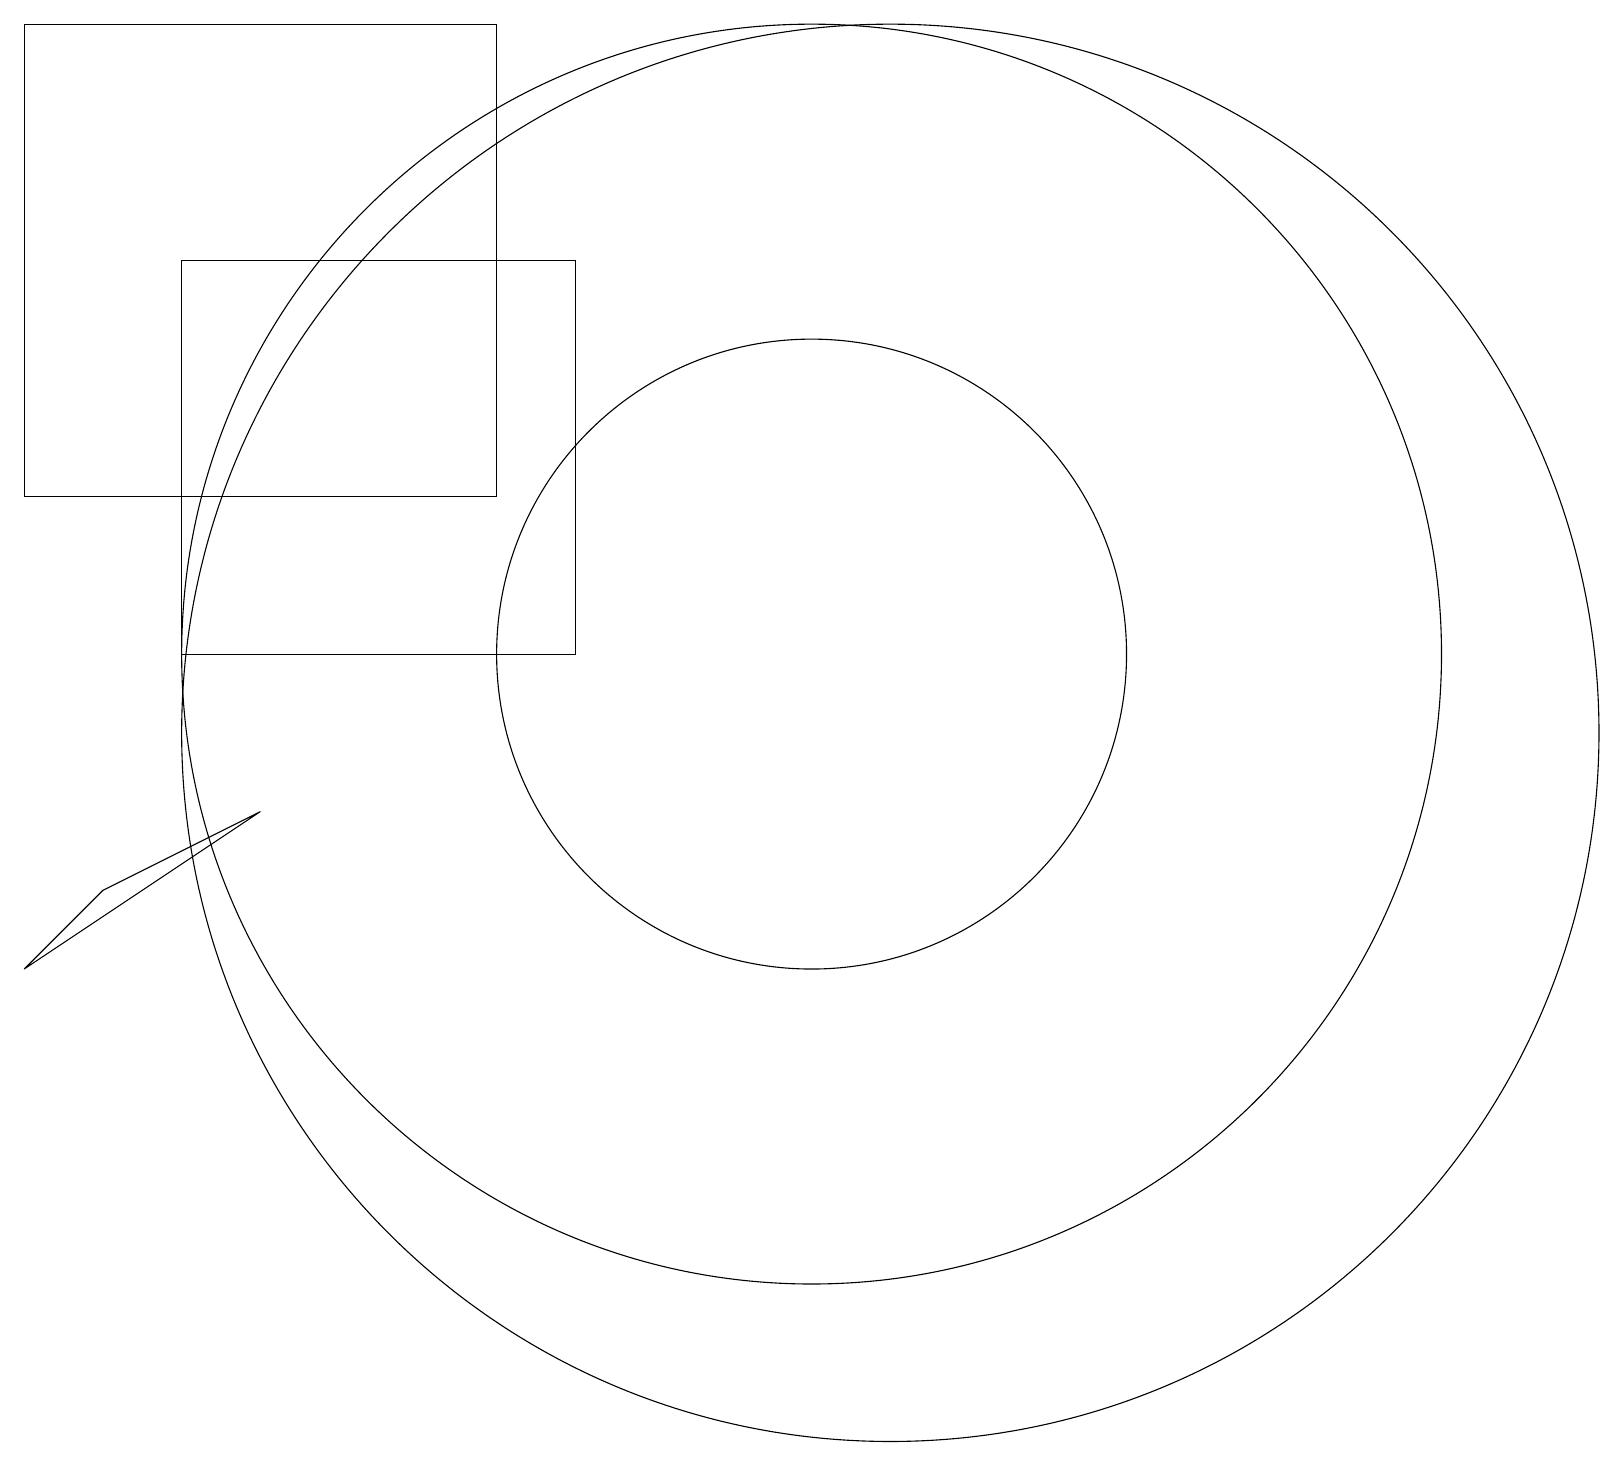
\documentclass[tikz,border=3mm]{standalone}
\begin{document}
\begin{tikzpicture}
\draw (11,11) circle (8);
\draw (1,13) rectangle (7,19);
\draw (12,10) circle (9);
\draw (1,7) -- (4,9) -- (2,8) -- cycle;
\draw (3,16) rectangle (8,11);
\draw (11,11) circle (4);
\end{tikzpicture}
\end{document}